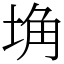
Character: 埆